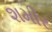
શમીર